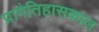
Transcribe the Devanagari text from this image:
प्रागैतिहासकाल